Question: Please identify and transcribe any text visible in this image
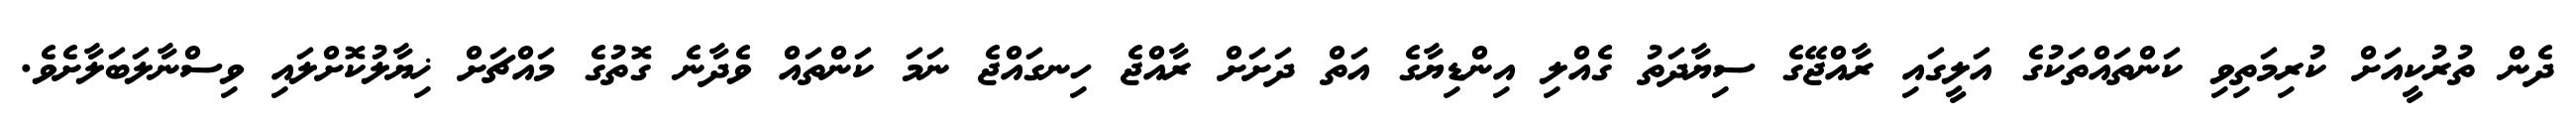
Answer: ދެން ތުރުކީއަށް ކުރިމަތިވި ކަންތައްތަކުގެ އަލީގައި ރާއްޖޭގެ ސިޔާދަތު ގެއްލި އިންޑިޔާގެ އަތް ދަށަށް ރާއްޖެ ހިނގައްޖެ ނަމަ ކަންތައް ވެދާނެ ގޮތުގެ މައްޗަށް ޚިޔާލުކޮށްލައި ވިސްނާލަބަލާށެވެ.